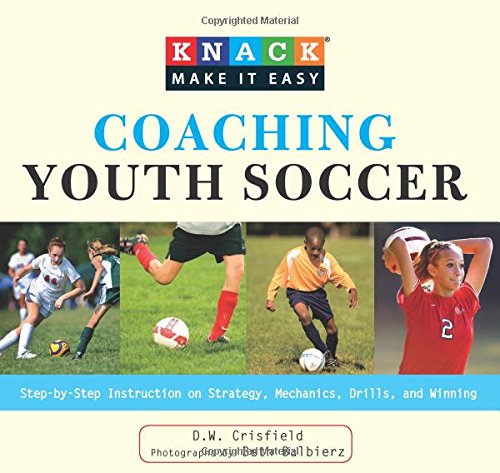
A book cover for Knack Coaching Youth Soccer: Step-By-Step Instruction On Strategy, Mechanics, Drills, And Winning (Knack: Make It Easy); D. Crisfield; Sports & Outdoors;